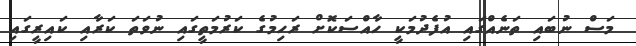
މަސް ނުބައި ތަނެއްގައި އުފެދުމަކީ ހާއްސަކޮށް ރަހިމުގެ ކަރުމަތީގައި ނުވަތަ ކަރާއި ކައިރީގައި